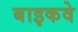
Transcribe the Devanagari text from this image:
बाइकवे